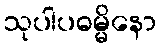
သုပါပဓမ္မိနော